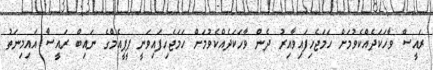
ރައީސް ވާހަކަދެއްކެވުމަށް ހަމަޖެހިފައިވާއިރު ދެން ވާހަކަދެއްކެވުމަށް ހަމަޖެހިފައިވަނީ ޕީޕީއެމްގެ ނައިބް ރައީސާ އައިމިނަތު